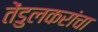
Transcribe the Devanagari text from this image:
तेंडुलकरांचा